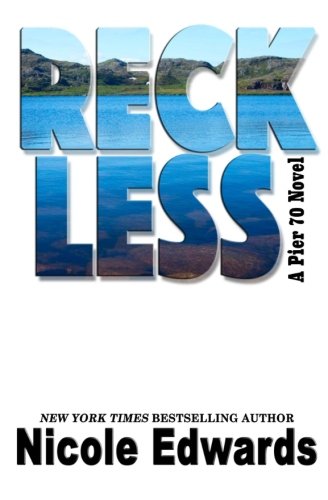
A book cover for Reckless (Pier 70) (Volume 1); Nicole Edwards; Romance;